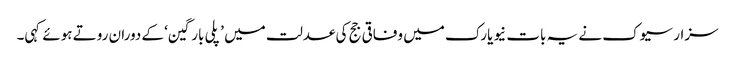
سزار سیوک نے یہ بات نیویارک میں وفاقی جج کی عدلت میں ’پلی بارگین‘ کے دوران روتے ہوئے کہی۔